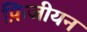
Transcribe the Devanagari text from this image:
फ़िजीयन